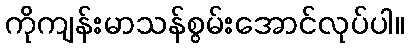
ကိုကျန်းမာသန်စွမ်းအောင်လုပ်ပါ။